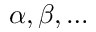
\alpha , \beta , \dots